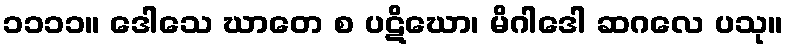
၁၁၁၁။ ဒေါသေ ဃာတေ စ ပဋိဃော၊ မိဂါဒေါ ဆဂလေ ပသု။